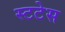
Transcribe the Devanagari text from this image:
स्टटेस